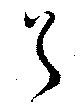
首